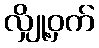
လျှို့ဝှက်